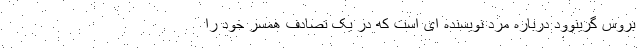
بروس گرینوود درباره مرد نویسنده ای است که در یک تصادف همسر خود را